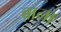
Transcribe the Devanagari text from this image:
ब़ाना